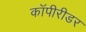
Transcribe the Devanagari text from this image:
कॉपीरीडर